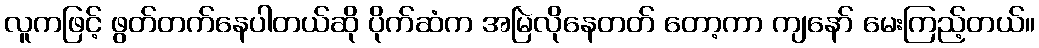
လူကဖြင့် ဖွတ်တက်နေပါတယ်ဆို ပိုက်ဆံက အမြဲလိုနေတတ် တော့ကာ ကျနော် မေးကြည့်တယ်။